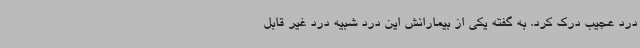
درد عجیب درک کرد. به گفته یکی از بیمارانش این درد شبیه درد غیر قابل